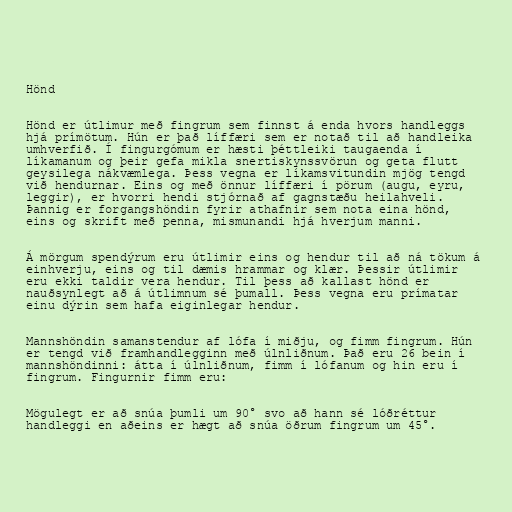
Hönd

Hönd er útlimur með fingrum sem finnst á enda hvors handleggs
hjá prímötum. Hún er það líffæri sem er notað til að handleika
umhverfið. Í fingurgómum er hæsti þéttleiki taugaenda í
líkamanum og þeir gefa mikla snertiskynssvörun og geta flutt
geysilega nákvæmlega. Þess vegna er líkamsvitundin mjög tengd
við hendurnar. Eins og með önnur líffæri í pörum (augu, eyru,
leggir), er hvorri hendi stjórnað af gagnstæðu heilahveli.
Þannig er forgangshöndin fyrir athafnir sem nota eina hönd,
eins og skrift með penna, mismunandi hjá hverjum manni.

Á mörgum spendýrum eru útlimir eins og hendur til að ná tökum á
einhverju, eins og til dæmis hrammar og klær. Þessir útlimir
eru ekki taldir vera hendur. Til þess að kallast hönd er
nauðsynlegt að á útlimnum sé þumall. Þess vegna eru prímatar
einu dýrin sem hafa eiginlegar hendur.

Mannshöndin samanstendur af lófa í miðju, og fimm fingrum. Hún
er tengd við framhandlegginn með úlnliðnum. Það eru 26 bein í
mannshöndinni: átta í úlnliðnum, fimm í lófanum og hin eru í
fingrum. Fingurnir fimm eru:

Mögulegt er að snúa þumli um 90° svo að hann sé lóðréttur
handleggi en aðeins er hægt að snúa öðrum fingrum um 45°.